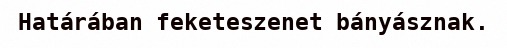
Határában feketeszenet bányásznak.